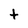
Character: t